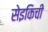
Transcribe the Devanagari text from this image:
सेइकिची